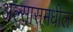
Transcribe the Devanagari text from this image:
अल्सासमधील